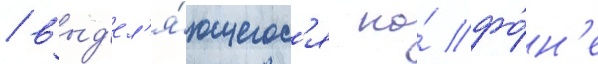
/ выд'ел'я́ющегос'я на́ фо́н'е